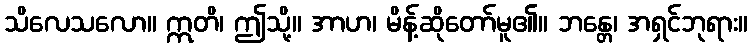
သိလေသလော။ ဣတိ၊ ဤသို့။ အာဟ၊ မိန့်ဆိုတော်မူ၏။ ဘန္တေ၊ အရှင်ဘုရား။